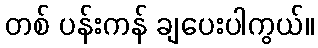
တစ် ပန်းကန် ချပေးပါကွယ်။